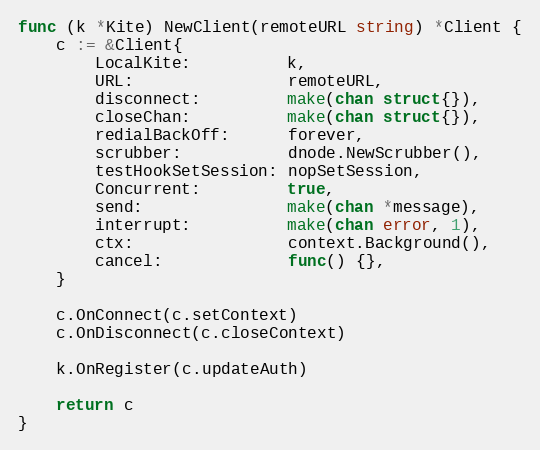
Language: Go
func (k *Kite) NewClient(remoteURL string) *Client {
	c := &Client{
		LocalKite:          k,
		URL:                remoteURL,
		disconnect:         make(chan struct{}),
		closeChan:          make(chan struct{}),
		redialBackOff:      forever,
		scrubber:           dnode.NewScrubber(),
		testHookSetSession: nopSetSession,
		Concurrent:         true,
		send:               make(chan *message),
		interrupt:          make(chan error, 1),
		ctx:                context.Background(),
		cancel:             func() {},
	}

	c.OnConnect(c.setContext)
	c.OnDisconnect(c.closeContext)

	k.OnRegister(c.updateAuth)

	return c
}